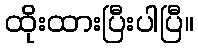
ထိုးထားပြီးပါပြီ။